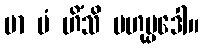
မာ မံ ဟိံသိ ဗဟုပ္ပဒေါ။